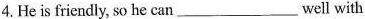
4.He is friendly, so he can___ well with